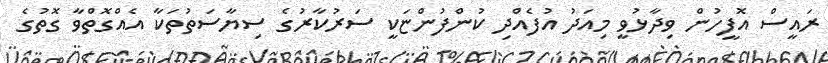
ރައީސް އޮފީހުން ވިދާޅުވީ މިއަދު އުފެއްދި ކުންފުންޏަކީ ސަރުކާރުގެ ސިޔާސަތުތަކާ އެއްގޮތްވާ ގޮތުގެ